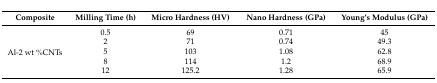
<table><thead><tr><td><b>Composite</b></td><td><b>Milling Time (h)</b></td><td><b>Micro Hardness (HV)</b></td><td><b>Nano Hardness (GPa)</b></td><td><b>Young’s Modulus (GPa)</b></td></tr></thead><tbody><tr><td rowspan="5">Al-2 wt %CNTs</td><td>0.5</td><td>69</td><td>0.71</td><td>45</td></tr><tr><td>2</td><td>71</td><td>0.74</td><td>49.3</td></tr><tr><td>5</td><td>103</td><td>1.08</td><td>62.8</td></tr><tr><td>8</td><td>114</td><td>1.2</td><td>68.9</td></tr><tr><td>12</td><td>125.2</td><td>1.28</td><td>65.9</td></tr></tbody></table>